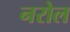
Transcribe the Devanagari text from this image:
नरोल